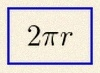
2\pi r